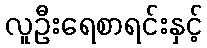
လူဦးရေစာရင်းနှင့်